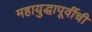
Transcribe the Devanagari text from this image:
महायुद्धापूर्वीची